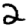
Digit: 2